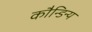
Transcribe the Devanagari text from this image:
कौन्डिन्य